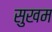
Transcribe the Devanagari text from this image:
सुखम